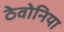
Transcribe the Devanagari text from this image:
ठेवोनिया